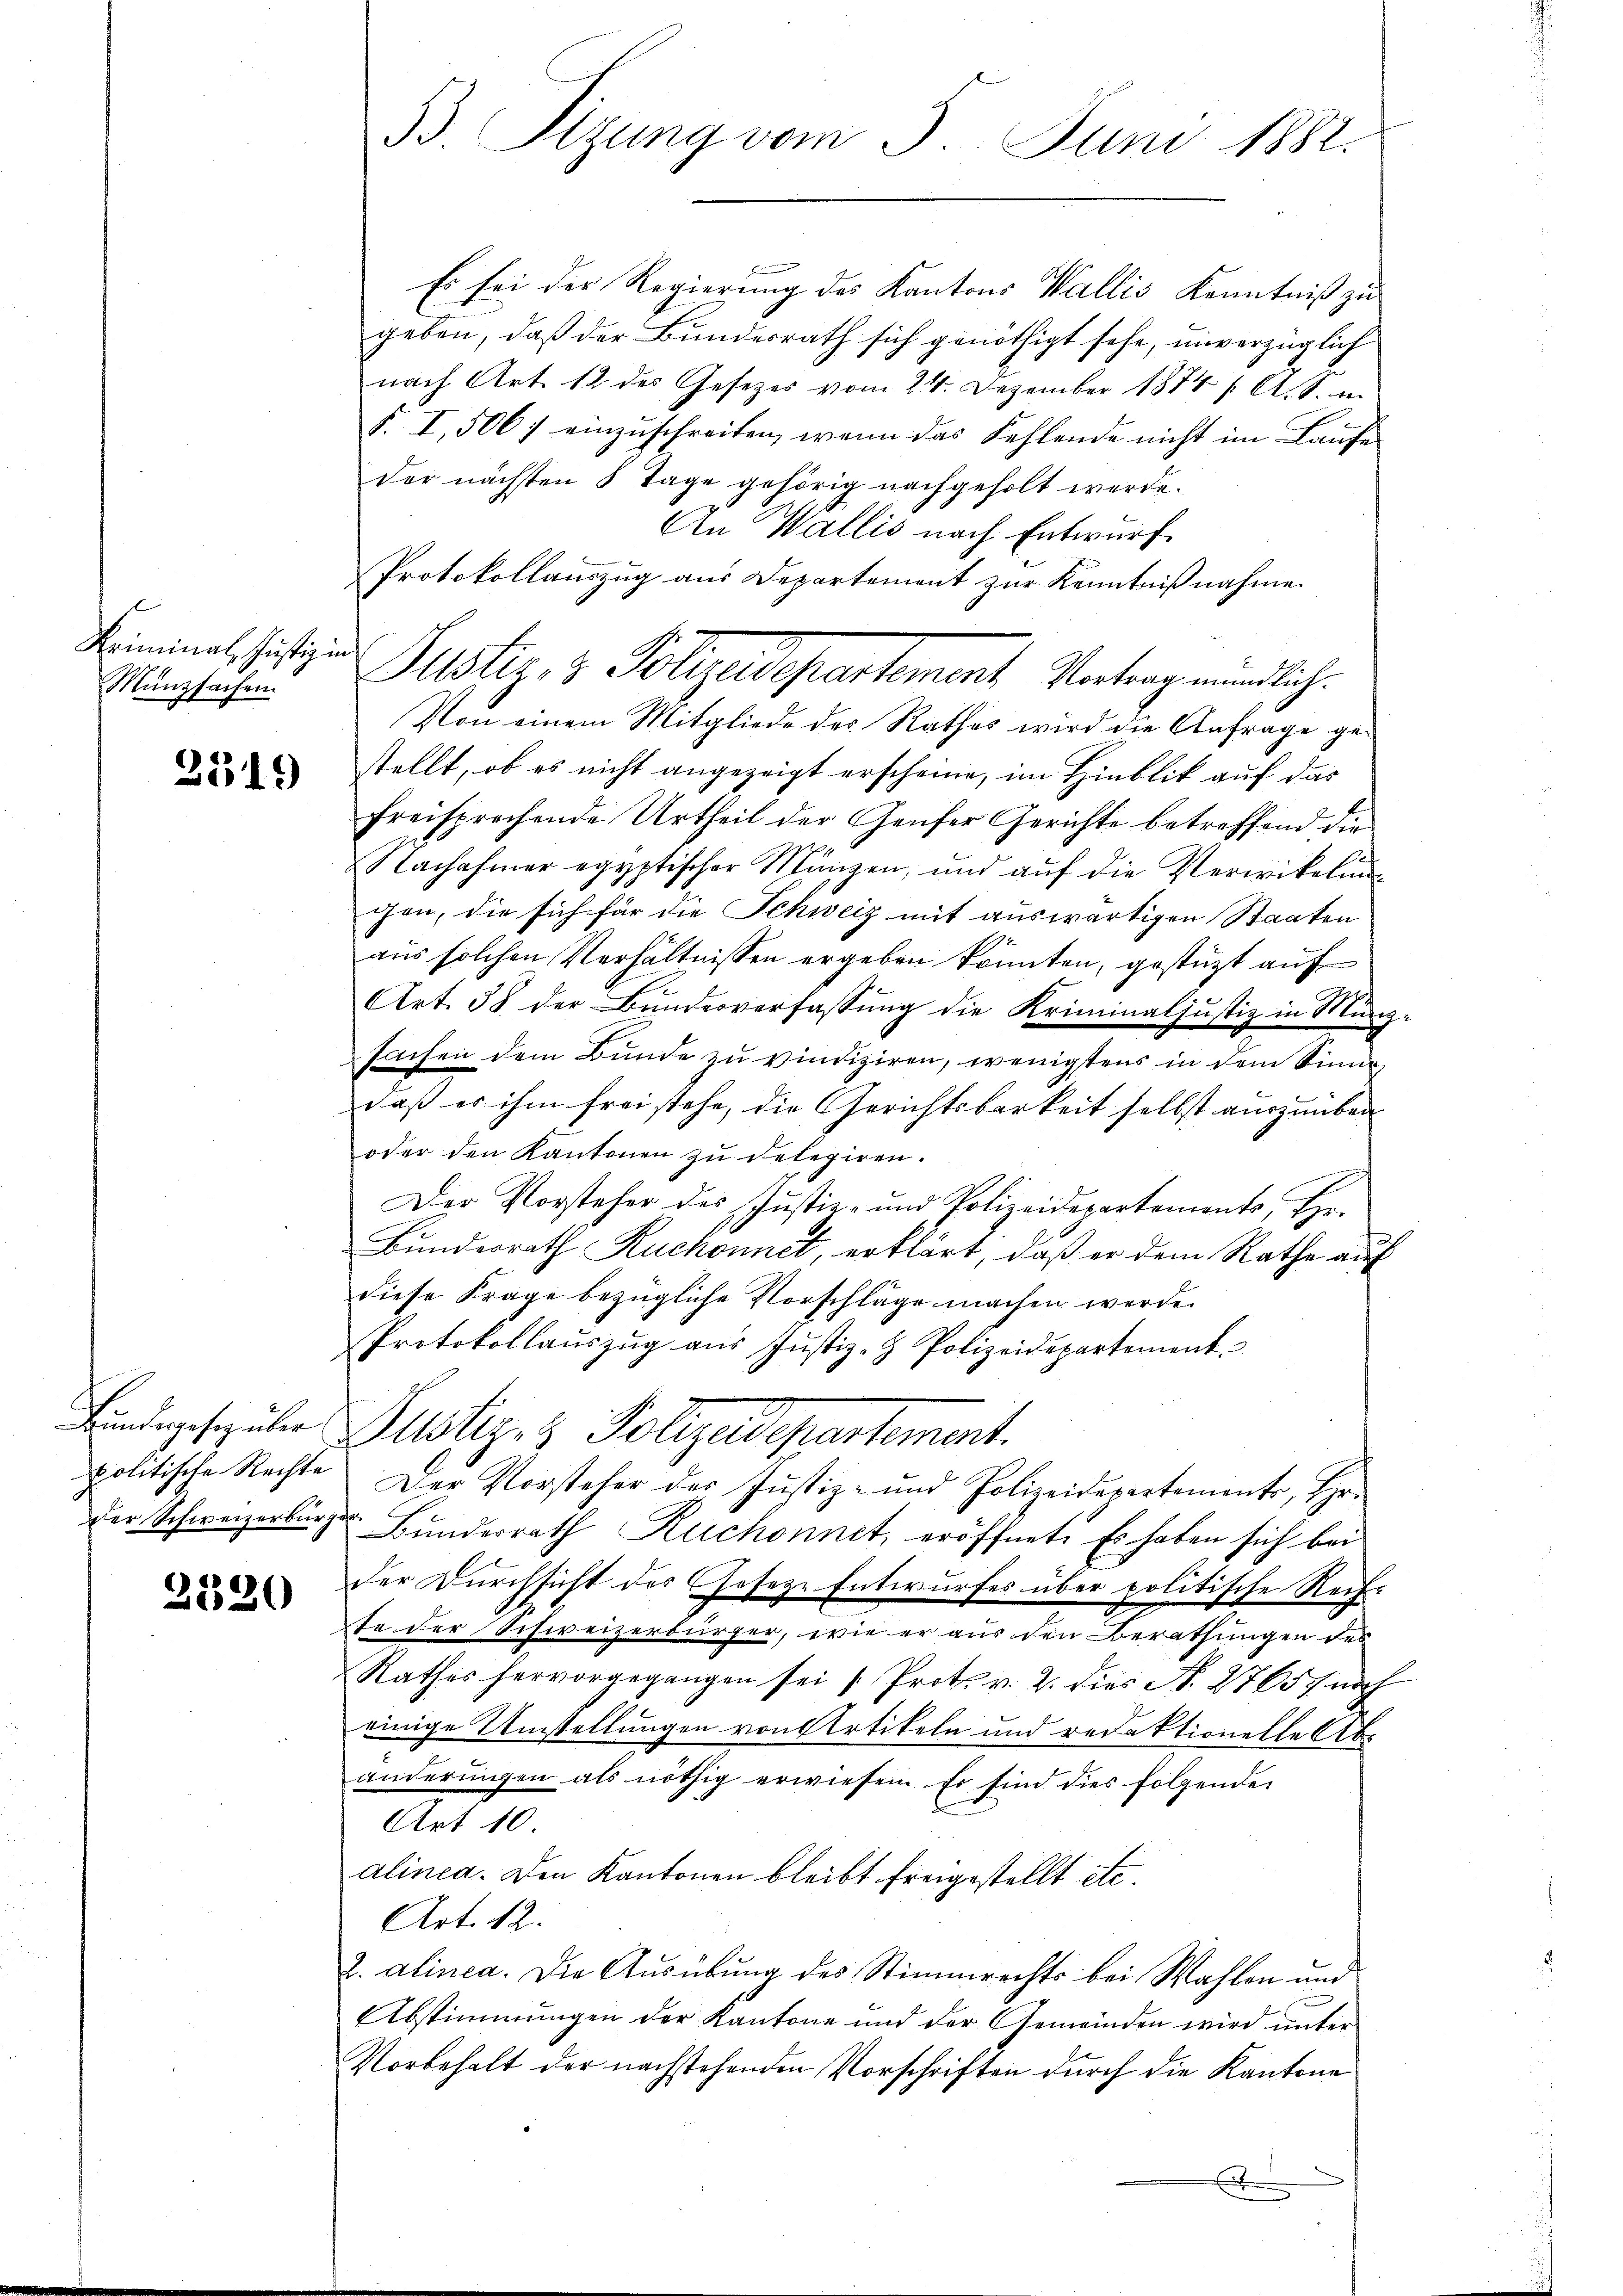
Kriminal Justiz in
Münzsachen.

2519

Bundesgesez über
politische Rechte
der Schweizerbürg.

2520

53 Sizung vom 5. Juni 1882.

Es sei der Regierung des Kantons Wallis Kenntniß zu
geben, daß der Bundesrath sich genöthigt sehe, unverzüglich
nach Art. 12 des Gesetzes vom 24. Dezember 1874 / A. S. u.
S. I, 5067 einzuschreiten, wenn das Fehlende nicht im Laufe
der nächsten 8 Tage gehörig nachgeholt werde.
An Wallis nach Entwurf.
Protokollauszug aus Departement zur Kenntnißnahme.
Von einem Mitgliede des Rathes wird die Anfrage gestellt, ob es nicht angezeigt erscheine, im Hinblik auf das
freisprechende Urtheil der Genfer Gerichte betreffend die
Nachahmer egyptischer Mängen, und aŭf die Verwickelung
gen, die sich für die Schweiz mit auswärtigen Staaten
aus solchen Verhältnissen ergeben konnten, gestützt auf
Art. 38 der Bŭndesverfassŭng die Kriminaljustiz in Münz-
sachen dem Bunde zu vindiziren, wenigstens in dem Sinne
daß er ihm frei stehe, die Gerichtsbarkeit selbst auszuüber
oder den Kantonen zu delegiren.
Der Vorsteher des Justiz- und Polizeidepartements, Ehe-
c
Bundesrath Ruchonnet, erklärt, daß er dem Rathe auf
diese Frage bezügliche Vorschläge machen werde.
Protokollauszug aus Justiz- & Polizeidepartement
Justiz & Polizeidepartement.
Der Vorsteher des Justiz- und Polizeidepartement, Hr.
¬
Bunderrath Ruchonnet, eröffnet. Es haben sich bei
der Durchsicht der Geseze Entwurfes über politische Rechte der Schweizerbürger, wie er aus den Berathungen des
Rathes hervorgegangen sei " Prot. v. 2. dies N. 27657 noch
einige Umstellungen von Artikeln und redaktionelle Abänderungen als nöthig erwiesen. Er sind dies folgende
Art 10
alinea. Den Kantonen bleibt freigestellt etc.
Art. 12.
2. alinea. Die Ausübung des Stimmrechts bei Wahlen und
Abstimmungen der Kantone und der Gemeinden wird unter
Vorbehalt der nachstehenden Vorschriften durch die Kantone

Justiz & Polizeidepartement Vertragendlich